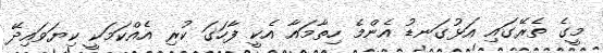
މީގެ ތެރޭގައި އަޅުގަނޑު އެންމެ ހިތާމައާ އެކީ ފާހަގަ ކުރި އެއްކަމަކީ ކިޔަވައިދޭ